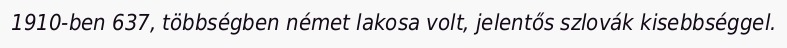
1910-ben 637, többségben német lakosa volt, jelentős szlovák kisebbséggel.